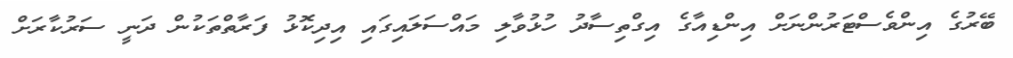
ބޭރުގެ އިންވެސްޓަރުންނަށް އިންޑިއާގެ އިގްތިސާދު ހުޅުވާލި މައްސަލައިގައި އިދިކޮޅު ފަރާތްތަކުން ދަނީ ސަރުކާރަށް